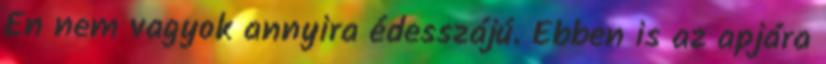
Én nem vagyok annyira édesszájú. Ebben is az apjára